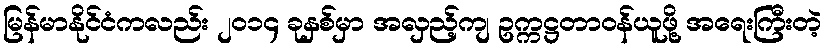
မြန်မာနိုင်ငံကလည်း ၂၀၁၄ ခုနှစ်မှာ အလှည့်ကျ ဥက္ကဋ္ဌတာဝန်ယူဖို့ အရေးကြီးတဲ့